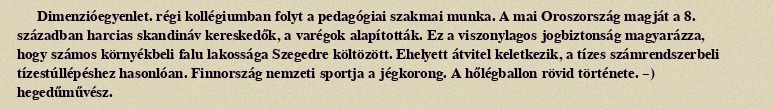
Dimenzióegyenlet. régi kollégiumban folyt a pedagógiai szakmai munka. A mai Oroszország magját a 8. században harcias skandináv kereskedők, a varégok alapították. Ez a viszonylagos jogbiztonság magyarázza, hogy számos környékbeli falu lakossága Szegedre költözött. Ehelyett átvitel keletkezik, a tízes számrendszerbeli tízestúllépéshez hasonlóan. Finnország nemzeti sportja a jégkorong. A hőlégballon rövid története. –) hegedűművész.